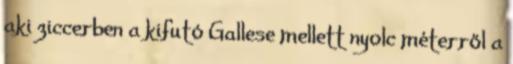
aki ziccerben a kifutó Gallese mellett nyolc méterről a